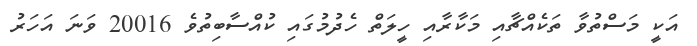
އަކީ މަސްތުވާ ތަކެއްޗާއި މަކާރާއި ހީލަތް ހެދުމުގައި ކުއްސާބިތުވެ 20016 ވަނަ އަހަރު